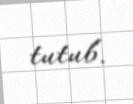
tutub.